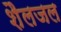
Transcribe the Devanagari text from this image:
शैलजल